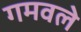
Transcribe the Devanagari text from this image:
गमवले